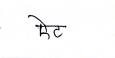
मजकूर: ऐट